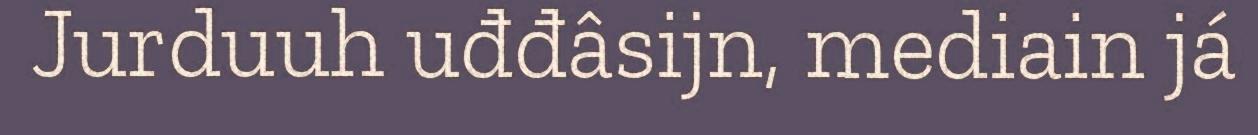
Jurduuh uđđâsijn, mediain já